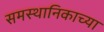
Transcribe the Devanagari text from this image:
समस्थानिकाच्या